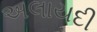
અલાયદી